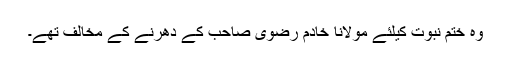
وہ ختمِ نبوت کیلئے مولانا خادم رضوی صاحب کے دھرنے کے مخالف تھے۔